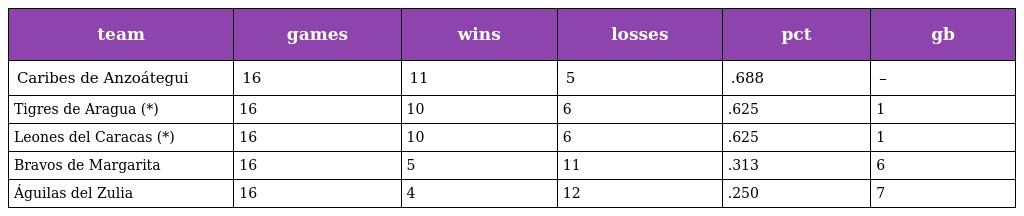
| team | games | wins | losses | pct | gb |
 | --- | --- | --- | --- | --- | --- |
 | Caribes de Anzoátegui | 16 | 11 | 5 | .688 | – |
 | Tigres de Aragua (*) | 16 | 10 | 6 | .625 | 1 |
 | Leones del Caracas (*) | 16 | 10 | 6 | .625 | 1 |
 | Bravos de Margarita | 16 | 5 | 11 | .313 | 6 |
 | Águilas del Zulia | 16 | 4 | 12 | .250 | 7 |